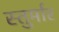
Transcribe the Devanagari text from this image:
स्तुर्मार